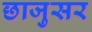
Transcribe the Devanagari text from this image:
छाजुसर